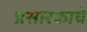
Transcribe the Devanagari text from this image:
प्रसारकाचे